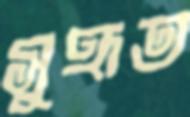
সুহৃত